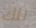
تلك